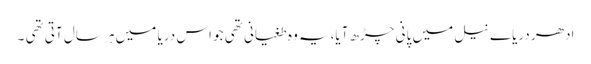
ادھر دریاے نیل میں پانی چڑھ آیا،یہ وہ طغیانی تھی جو اس دریا میں ہر سال آتی تھی ۔